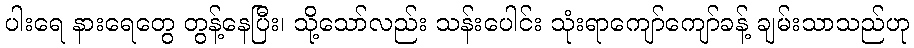
ပါးရေ နားရေတွေ တွန့်နေပြီး၊ သို့သော်လည်း သန်းပေါင်း သုံးရာကျော်ကျော်ခန့် ချမ်းသာသည်ဟု